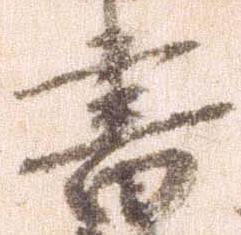
書